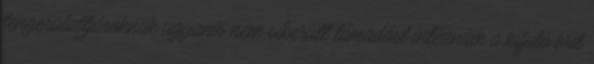
tengeralattjáróknak ugyanis nem sikerült támadást intézniük a kifutó brit